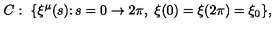
C : \ \{ \xi ^ { \mu } ( s ) \colon s = 0 \rightarrow 2 \pi , \ \xi ( 0 ) = \xi ( 2 \pi ) = \xi _ { 0 } \} ,